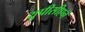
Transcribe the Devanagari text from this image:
युपीसीएने